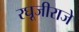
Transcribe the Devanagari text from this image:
रघूजीराजे